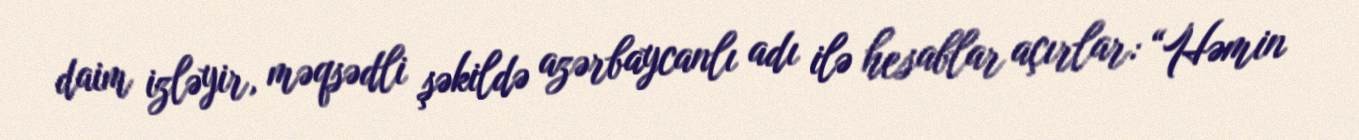
daim izləyir, məqsədli şəkildə azərbaycanlı adı ilə hesablar açırlar: “Həmin